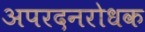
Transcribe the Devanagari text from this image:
अपरदनरोधक